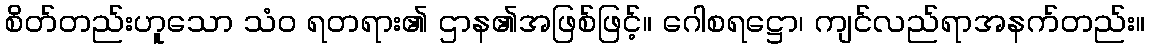
စိတ်တည်းဟူသော သံဝ ရတရား၏ ဌာန၏အဖြစ်ဖြင့်။ ဂေါစရဋ္ဌော၊ ကျင်လည်ရာအနက်တည်း။